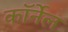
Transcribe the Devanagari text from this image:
काॅर्नेल